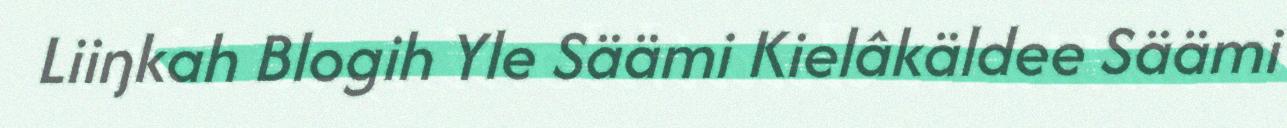
Liiŋkah Blogih Yle Säämi Kielâkäldee Säämi